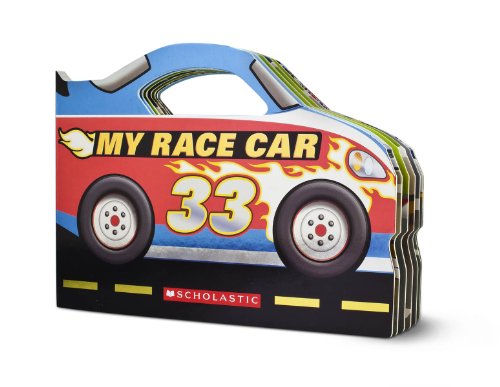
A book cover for My Race Car; Ace Landers; Children's Books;